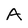
Character: A